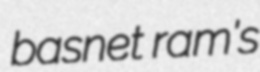
basnet ram's